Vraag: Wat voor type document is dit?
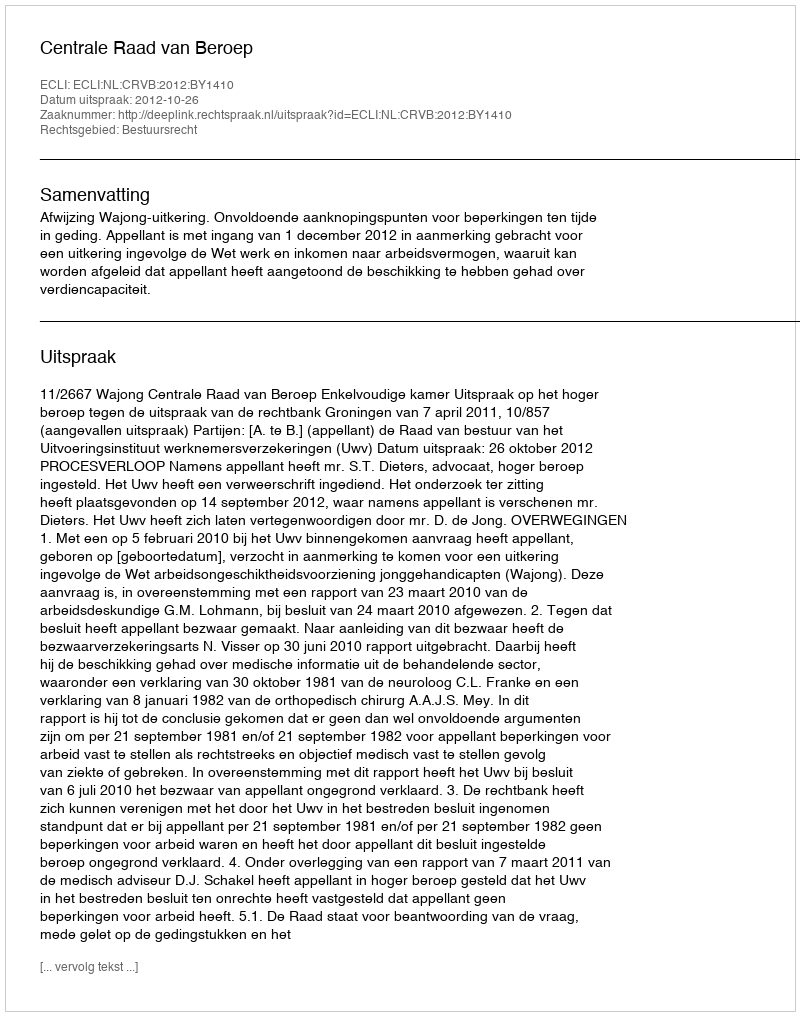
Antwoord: Uitspraak